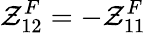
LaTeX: \mathcal{Z}_{12}^{F}=-\mathcal{Z}_{11}^{F}